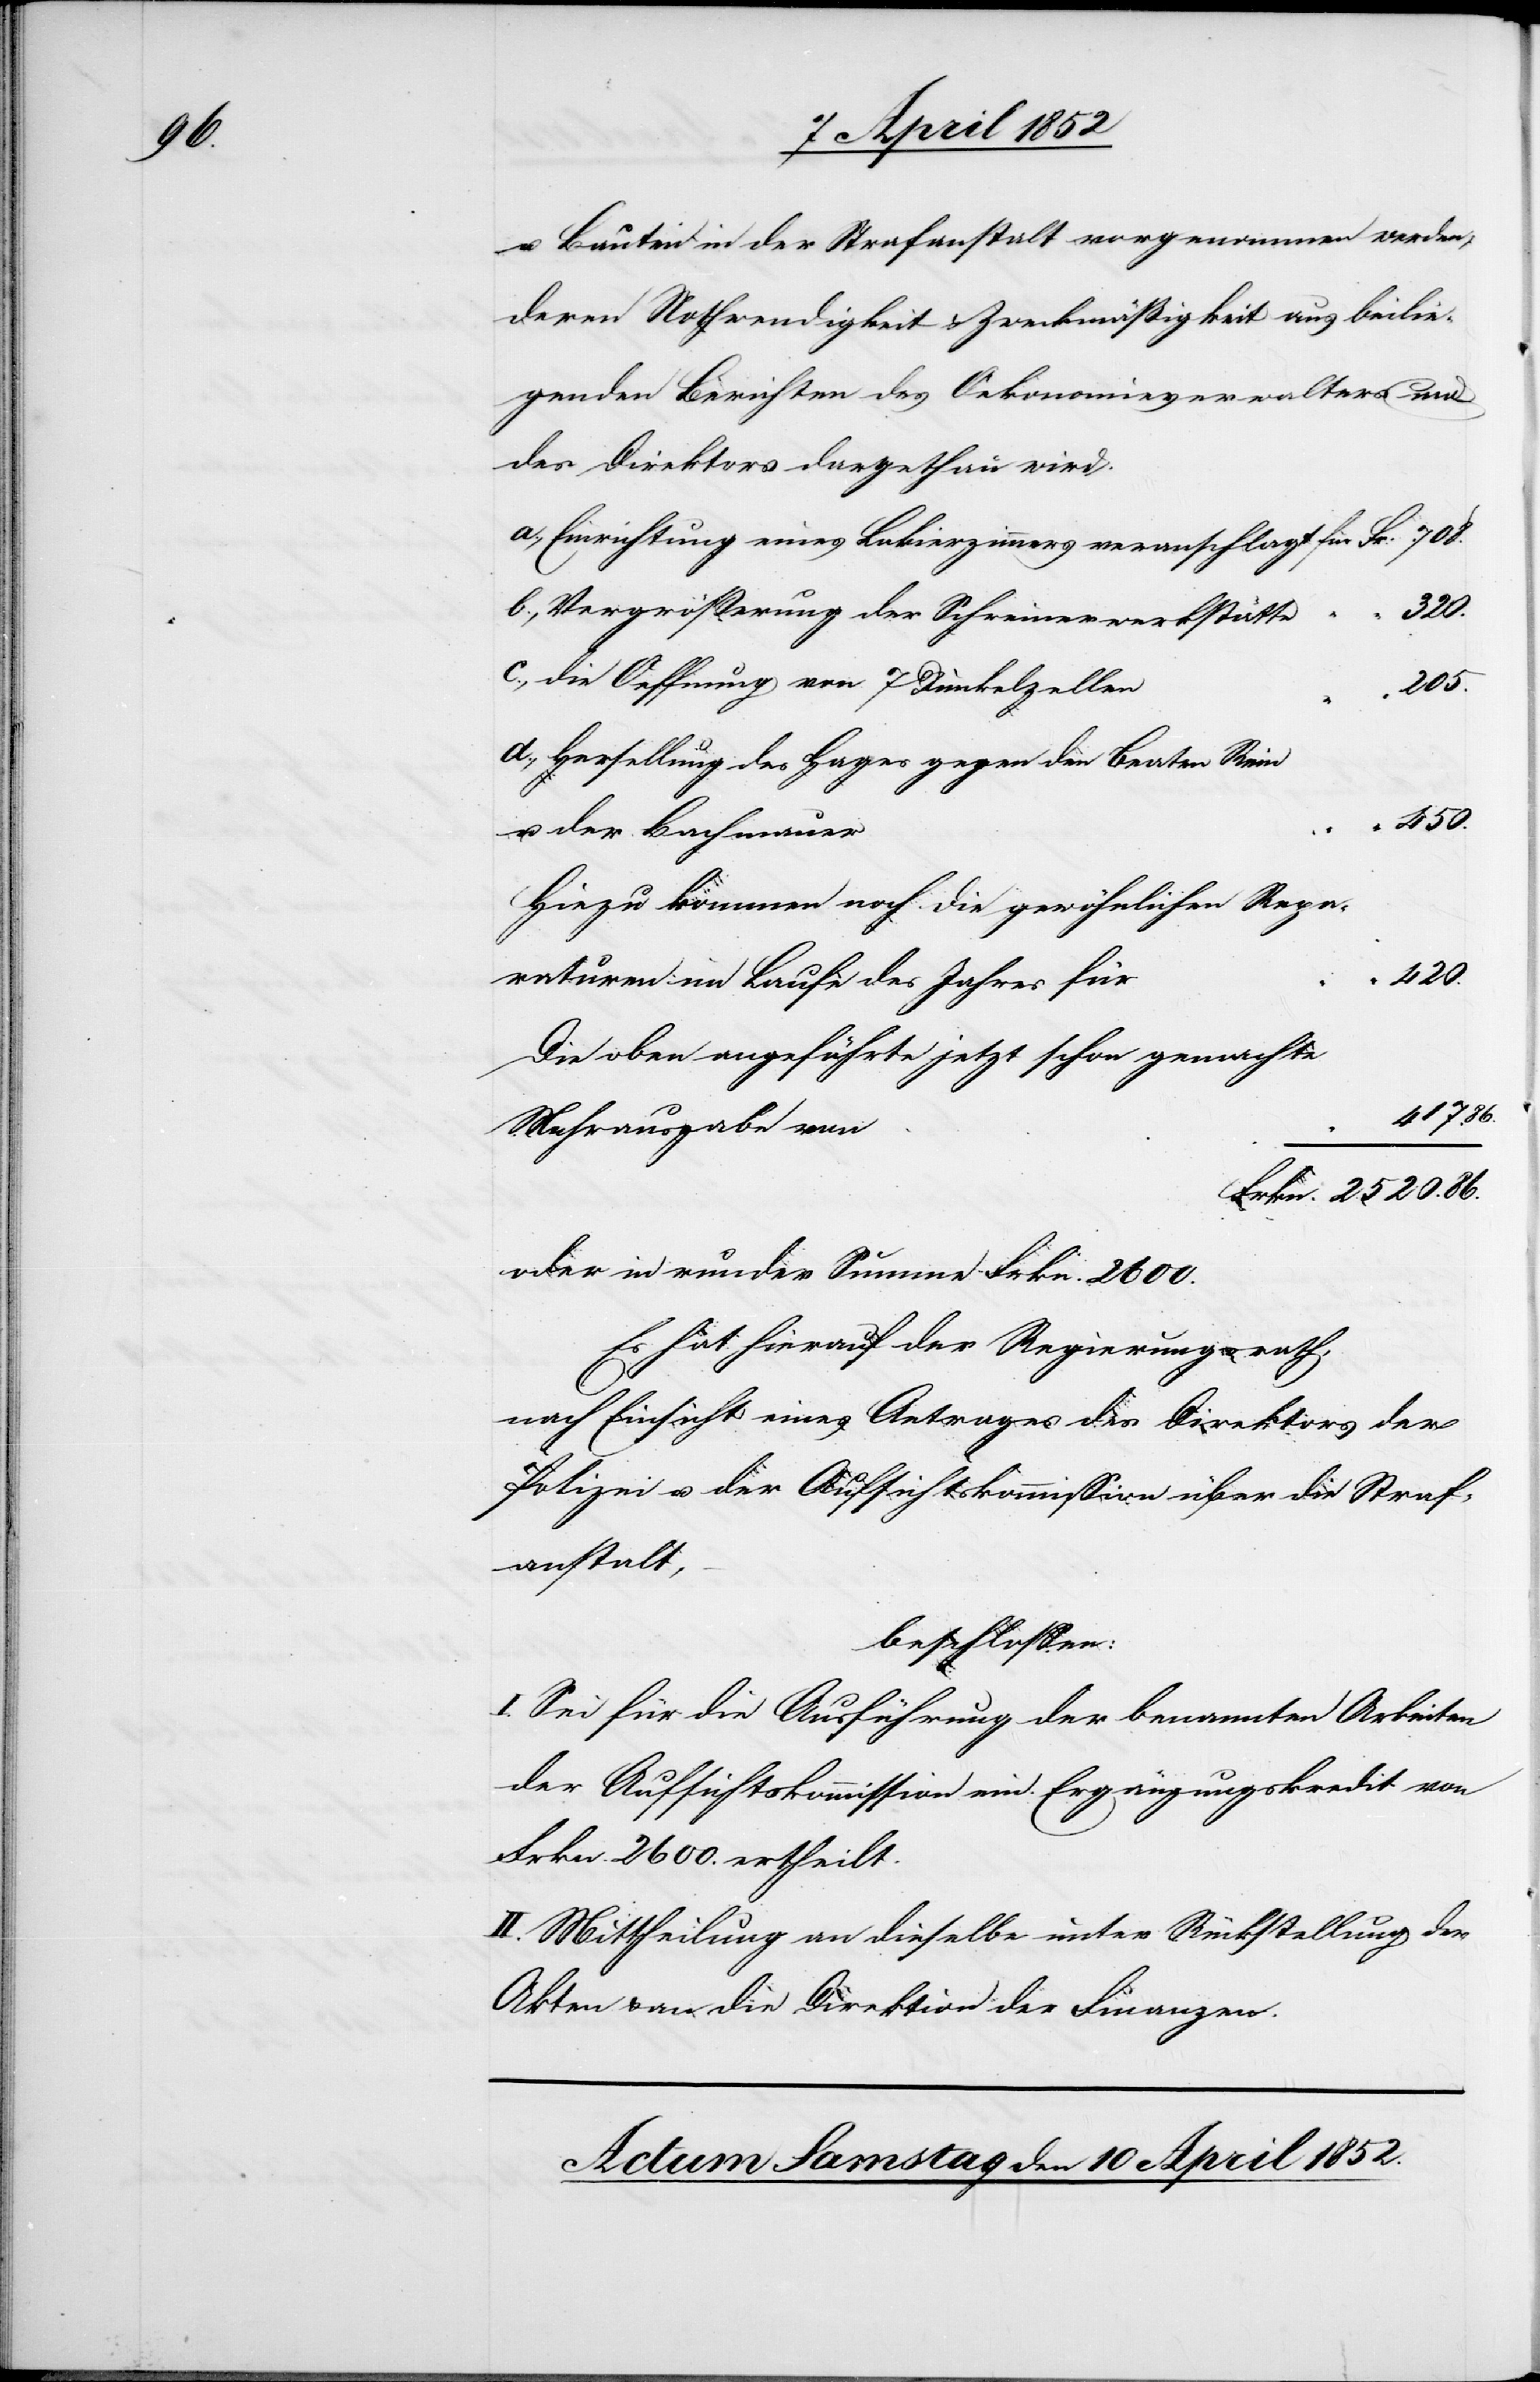
450.

u. Bauten in der Strafanstalt vorgenommen werden,
deren Nothwendigkeit & Zweckmässigkeit aus beilie¬
genden Berichten des Oekonomieverwalters und
des Direktors dargethan wird.
Einrichtung eines Lakierzimmers veranschlagt
320.
Vergrösserung der Schreinerwerkstätte
die Oeffnung von 7 Dunkelzellen
205.
Herstellung des Hages gegen den Beaten Rein
u. der Bachmauer
Hiezu kommen noch die gewöhnlichen Repa¬
420.
raturen im Laufe des Jahres für
Die oben angeführte jetzt schon gemachte
“
417. 86.
Mehrausgabe von
Frkn. 2520. 86.
oder in runder Summe Frkn. 2600.
Es hat hierauf der Regierungsrath,
nach Einsicht eines Antrages des Direktors der
Polizei u. der Aufsichtskommission über die Straf¬
anstalt,
beschlossen:
I. Sei für die Ausführung der benannten Arbeiten
der Aufsichtskommission ein Ergänzungskredit von
Frkn. 2600. ertheilt.
II. Mittheilung an dieselbe unter Rückstellung der
Akten & an die Direktion der Finanzen.